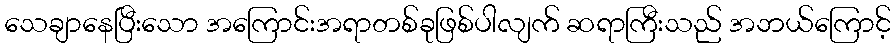
သေချာနေပြီးသော အကြောင်းအရာတစ်ခုဖြစ်ပါလျက် ဆရာကြီးသည် အဘယ်ကြောင့်